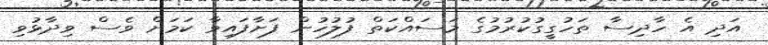
އަދި އެ ހާދިސާ ތަހުގީގުކުރުމުގެ މަސައްކަތް ފުލުހުން ފަށާފައިވާ ކަމަށް ވެސް ވިދާޅުވި